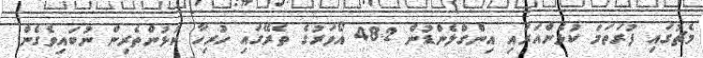
މެޗުގައި ފުރަތަމަ ކުޅެންއަރައި އިންގްލެންޑުން 48.2 އޯވަރުގެ ތެރޭގައި ހުރިހާ ކުޅުންތެރިން ނުބައިވެގެން